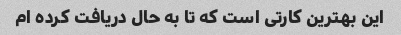
این بهترین کارتی است که تا به حال دریافت کرده ام